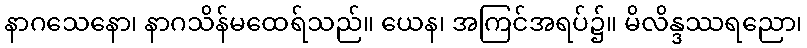
နာဂသေနော၊ နာဂသိန်မထေရ်သည်။ ယေန၊ အကြင်အရပ်၌။ မိလိန္ဒဿရညော၊